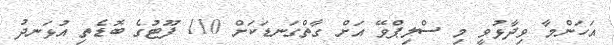
އަހަންމާ ވިދާޅުވީ މި ސްލިޕްވޭ އަށް ގާތްގަނޑަކަށް 110 ފޫޓުގެ ބޮޑެތި އުޅަނދު